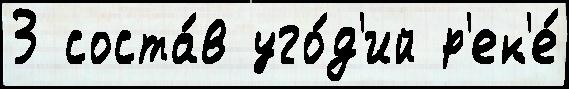
3 соста́в уго́д'ий р'ек'е́